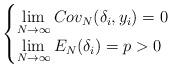
LaTeX: \begin{align*}\begin{cases} \lim\limits_{N\rightarrow \infty} Cov_N(\delta_i, y_i) = 0 & \\ \lim\limits_{N\rightarrow \infty} E_N(\delta_i) = p >0 & \end{cases} \end{align*}